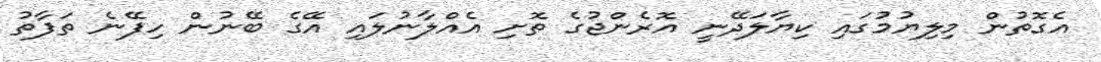
އެގޮތުން މިލިޔުމުގައި ކިޔާލަދޭނީ އޮރެންޖުގެ ތޮށި އެއްލާނުލައި އޭގެ ބޭނުން ހިފޭނެ ތަފާތު